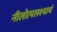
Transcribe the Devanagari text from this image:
नीलोत्पलश्यामं